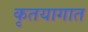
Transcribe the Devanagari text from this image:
कृतयागात